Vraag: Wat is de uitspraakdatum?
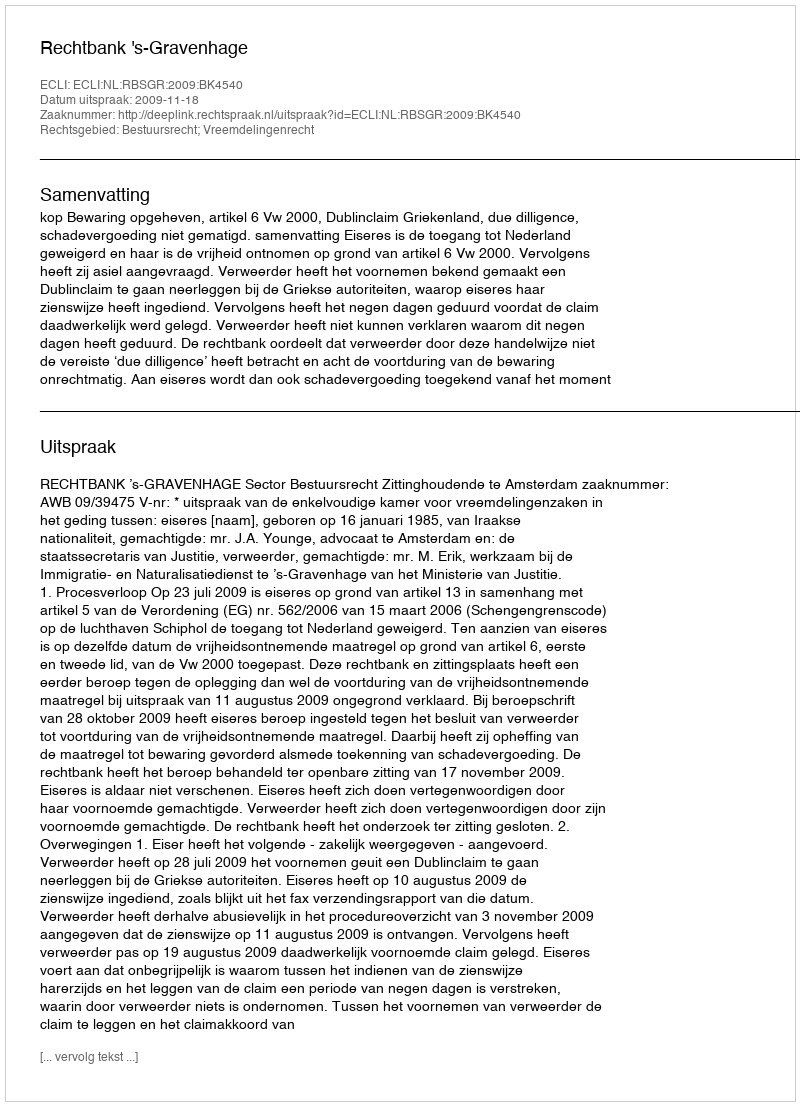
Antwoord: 2009-11-18